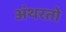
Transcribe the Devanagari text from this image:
अंथरतो